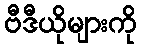
ဗီဒီယိုများကို